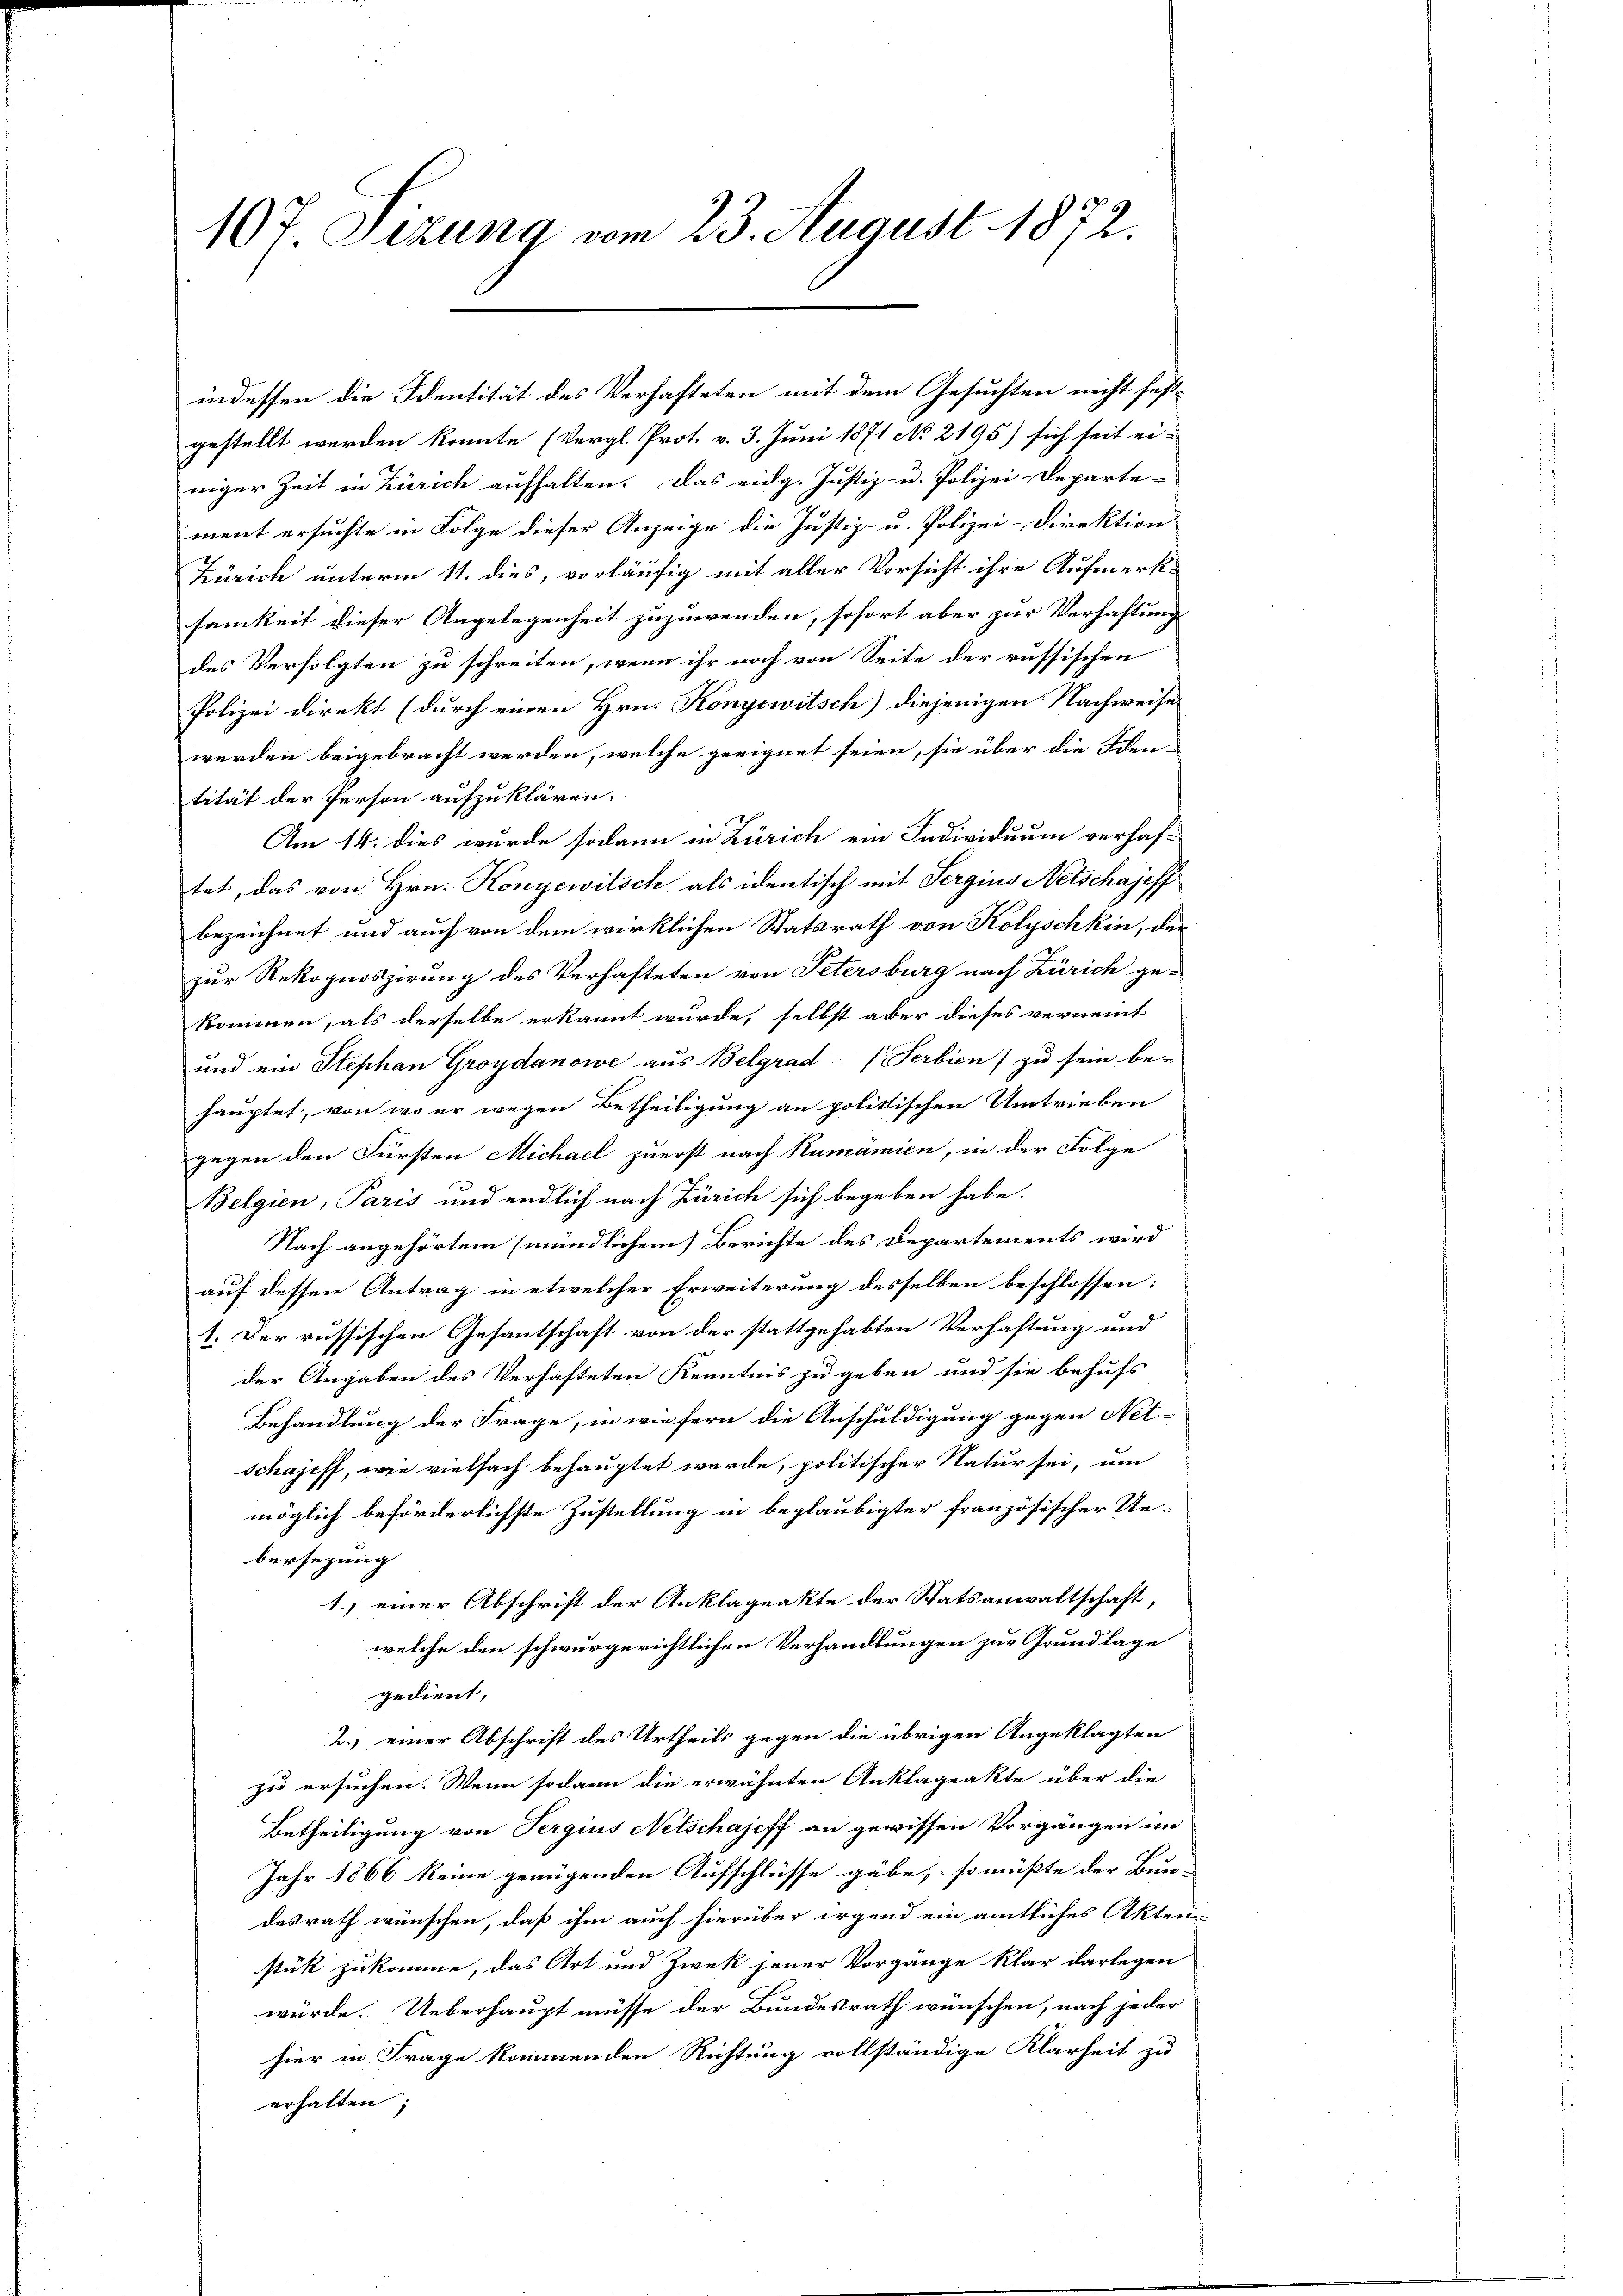
107 Sizung vom 23. August 1872.

indessen die Identität des Verhafteten mit dem Gesuchten nicht festgestellt werden könnte (Vergl. Prot. v. 3. Juni 1871 No 2195) sich seit ei-
niger Zeit in Zürich aufhalten. Das eidg. Justiz- u. Polizei-Departe-
ment ersuchte in Folge dieser Anzeige die Justiz- u. Polizei-Direktion
Zürich unterm 11. dies, vorläufig mit aller Vorsicht ihre Aufmerk-
samkeit dieser Angelegenheit zuzuwenden, sofort aber zur Verhaftung
des Verfolgten zu schreiten, wenn ihr noch von Seite der russischen
Polizei direkt (durch einen Hrn. Konyewitsch) diejenigen Nachweises
werden beigebracht werden, welche geeignet seien, sie über die Ideen
tität der Person aufzuklären.
Am 14. dies wurde sodann in Zürich ein Individuum verhaf-
tet, das von Hrn. Konyewitsch als identisch mit Sergius Netschajeff
bezeichnet und auch von dem wirklichen Statsrath von Kolyschkin, der
zur Rekognoszirung des Verhafteten von Petersburg nach Zürich ge-
kommen, als derselbe erkannt wurde, selbst aber dieses verneint
und ein Stephan Groydanowe aus Belgrad / Serbien) zu sein be-
hauptet, von wo er wegen Betheiligung an politischen Umtrieben
gegen den Fürsten Michael zuerst nach Kumänien, in der Folge
Belgien, Paris und endlich nach Zürich sich begeben habe.
Nach angehörtem (mündlichem Berichte des Departements wird
auf dessen Antrag in etwelcher Erweiterung desselben beschlossen:
1. Der russischen Gesantschaft von der stattgehabten Verhaftung und
der Angaben des Verhafteten Kenntnis zu geben und sie behufs
Behandlung der Frage, in wie fern die Anschuldigung gegen Net-
Schajeff, wie vielfach behauptet wurde, politischer Natur sei, um
möglich beförderlichste Zustellung in beglaubigter französischer Ue-
bersezung
1. einer Abschrift der Anklageakte der Statsanwaltschaft,
welche den schwurgerichtlichen Verhandlungen zur Grundlage
gedient,
2. einer Abschrift des Urtheils gegen die übrigen Angeklagten
zu ersuchen. Wenn sodann die erwähnten Anklageakte über die
Betheiligung von Pergius Netschajeff an gewissen Vorgängen im
Jahr 1866 keine genügenden Aufschlüsse gäbe, so müßte der Bun-
desrath wünschen, daß ihm auch hierüber irgend ein amtliches Akten
stük zukomme, das Art und Zwek jener Vorgänge klar darlegen
würde. Ueberhaupt müsse der Bundesrath wünschen, nach jeder
hier in Frage kommenden Richtung vollständige Klarheit zu
erhalten;